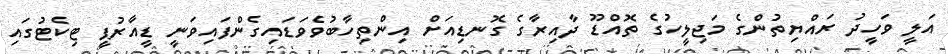
އަލީ ވަހީދު ރައްޔިތުންގެ މަޖިލީހުގެ ތޮއްޑޫ ދާއިރާގެ ގޮނޑިއަށް އިންތިހާބުވެވަޑައިގެންފައިވަނީ ޑީއާރުޕީ ޓިކެޓުގައި